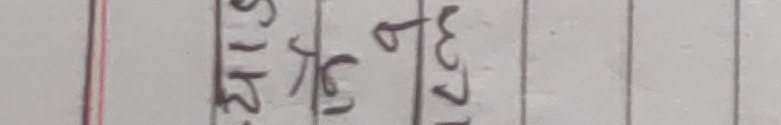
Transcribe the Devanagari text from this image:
२.१६ ५.३१